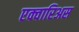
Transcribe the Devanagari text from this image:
एक्वारिअस